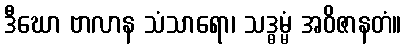
ဒီဃော ဗာလာန သံသာရော၊ သဒ္ဓမ္မံ အဝိဇာနတံ။